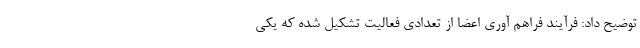
توضیح داد: ‌فرآیند فراهم آوری اعضا از تعدادی فعالیت تشکیل شده که یکی